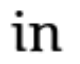
in